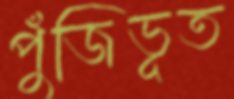
পুঁজিভূত